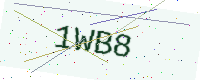
Text: 1WB8